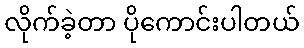
လိုက်ခဲ့တာ ပိုကောင်းပါတယ်